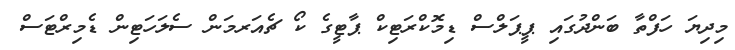
މިދިޔަ ހަފްތާ ބަންދުގައި ޕީޕަލްސް ޑިމޮކްރަޓިކް ޕާޓީގެ ކޯ ޗެއަރމަން ސެލަހަޓިން ޑެމިރްޓަސް